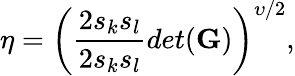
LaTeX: \eta=\left(\frac{2s_{k}s_{l}}{2s_{k}s_{l}}{det(\mathbf G)}\right)^{\upsilon/2},